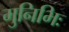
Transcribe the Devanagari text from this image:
मुनिभिः